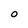
Character: O